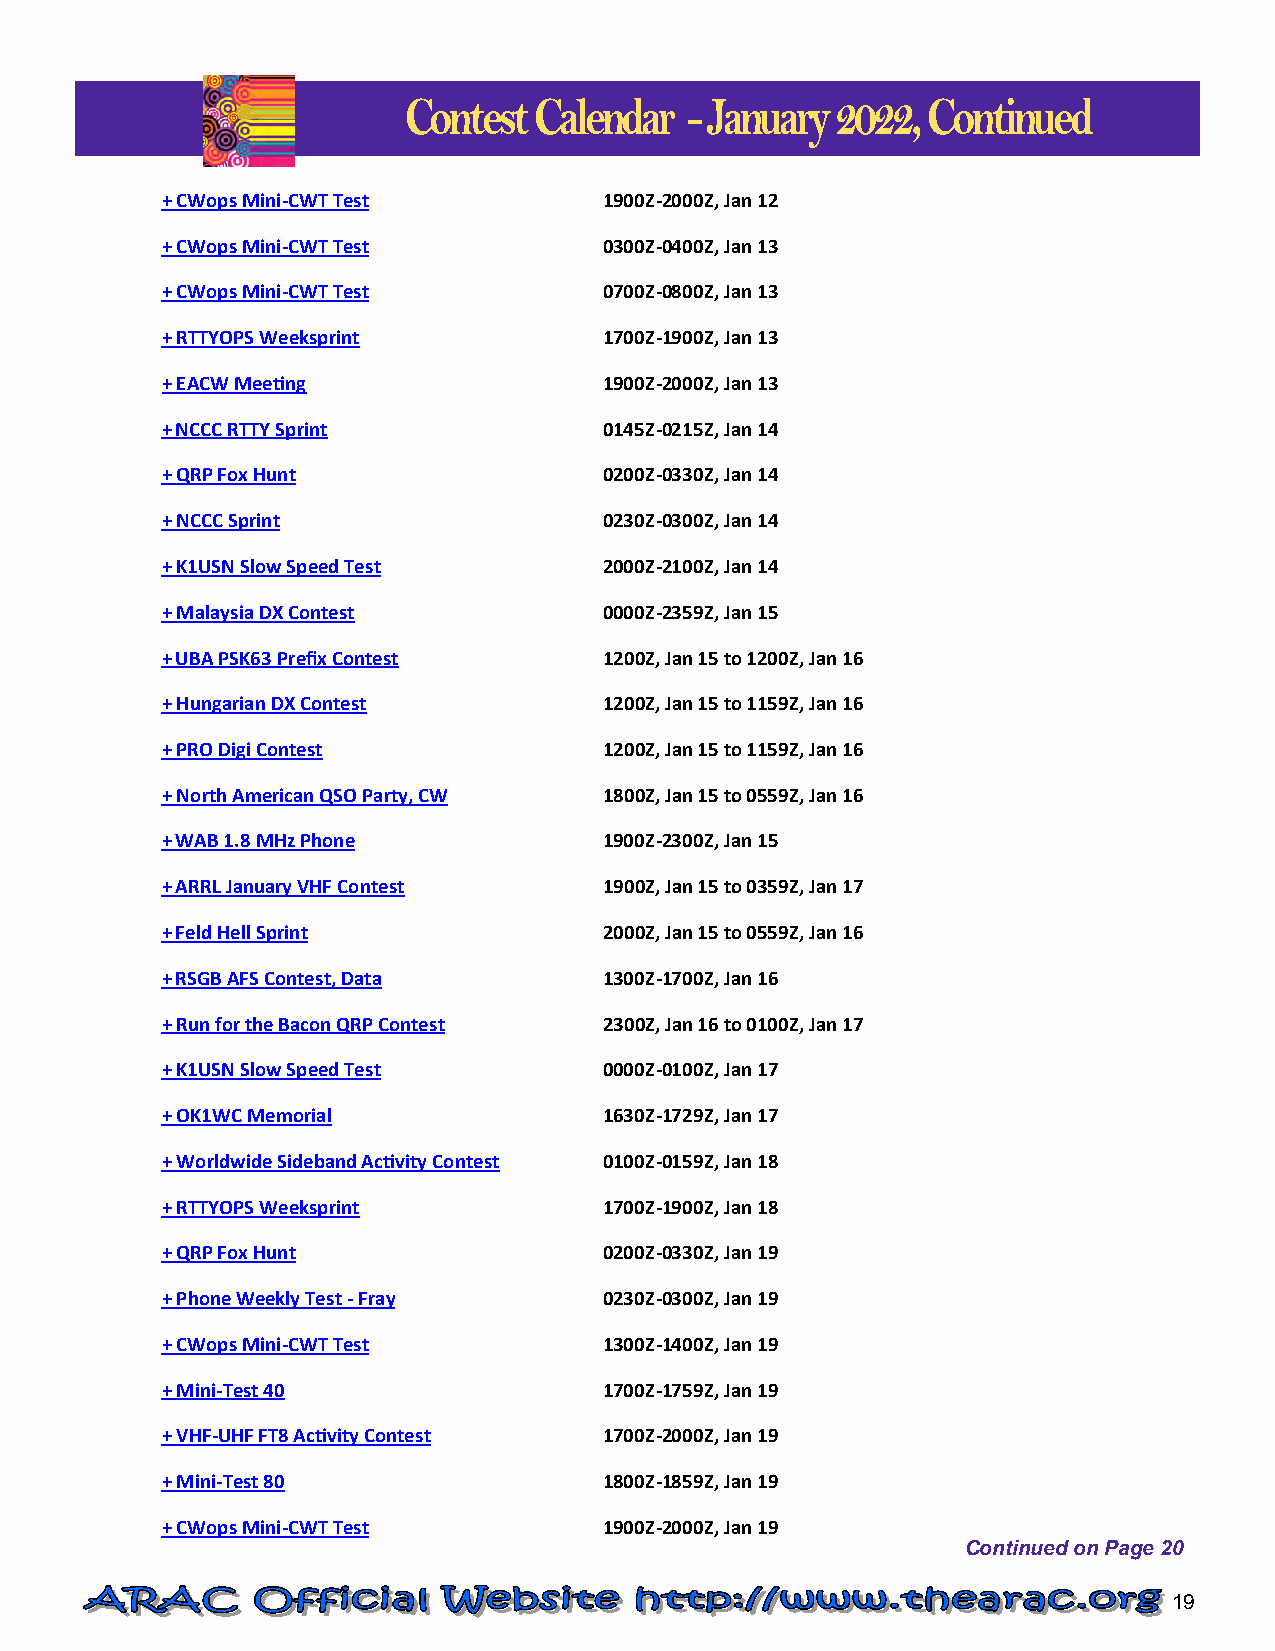
Contest Calendar   - January 2022, Continued
 Spring Equinox Continued from Page 1
 + CWops Mini-CWT Test        1900Z-2000Z, Jan 12
 + CWops Mini-CWT Test        0300Z-0400Z, Jan 13
 + CWops Mini-CWT Test        0700Z-0800Z, Jan 13
 + RTTYOPS Weeksprint         1700Z-1900Z, Jan 13
 + EACW Meeting               1900Z-2000Z, Jan 13
 + NCCC RTTY Sprint           0145Z-0215Z, Jan 14
 + QRP Fox Hunt               0200Z-0330Z, Jan 14
 + NCCC Sprint                0230Z-0300Z, Jan 14
 + K1USN Slow Speed Test      2000Z-2100Z, Jan 14
 + Malaysia DX Contest        0000Z-2359Z, Jan 15
 + UBA PSK63 Prefix Contest   1200Z, Jan 15 to 1200Z, Jan 16
 + Hungarian DX Contest       1200Z, Jan 15 to 1159Z, Jan 16
 + PRO Digi Contest           1200Z, Jan 15 to 1159Z, Jan 16
 + North American QSO Party, CW 1800Z, Jan 15 to 0559Z, Jan 16
 + WAB 1.8 MHz Phone          1900Z-2300Z, Jan 15
 + ARRL January VHF Contest   1900Z, Jan 15 to 0359Z, Jan 17
 + Feld Hell Sprint           2000Z, Jan 15 to 0559Z, Jan 16
 + RSGB AFS Contest, Data     1300Z-1700Z, Jan 16
 + Run for the Bacon QRP Contest 2300Z, Jan 16 to 0100Z, Jan 17
 + K1USN Slow Speed Test      0000Z-0100Z, Jan 17
 + OK1WC Memorial             1630Z-1729Z, Jan 17
 + Worldwide Sideband Activity Contest 0100Z-0159Z, Jan 18
 + RTTYOPS Weeksprint         1700Z-1900Z, Jan 18
 + QRP Fox Hunt               0200Z-0330Z, Jan 19
 + Phone Weekly Test - Fray   0230Z-0300Z, Jan 19
 + CWops Mini-CWT Test        1300Z-1400Z, Jan 19
 + Mini-Test 40               1700Z-1759Z, Jan 19
 + VHF-UHF FT8 Activity Contest 1700Z-2000Z, Jan 19
 + Mini-Test 80               1800Z-1859Z, Jan 19
 + CWops Mini-CWT Test        1900Z-2000Z, Jan 19
 Continued on Page 20
 19